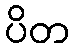
ပိတ